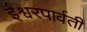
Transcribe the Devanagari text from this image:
ईश्वरपार्वती